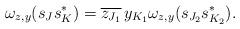
LaTeX: \begin{align*}\omega_{z,y}(s_{J}s_{K}^*)=\overline{z_{J_1}}\,y_{K_1}\omega_{z,y}(s_{J_2}s_{K_2}^*).\end{align*}